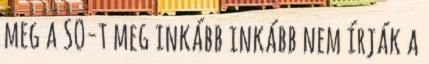
meg a SO-t meg inkább inkább nem írják a